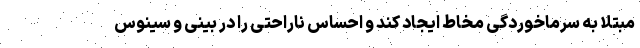
مبتلا به سرماخوردگی مخاط ایجاد کند و احساس ناراحتی را در بینی و سینوس